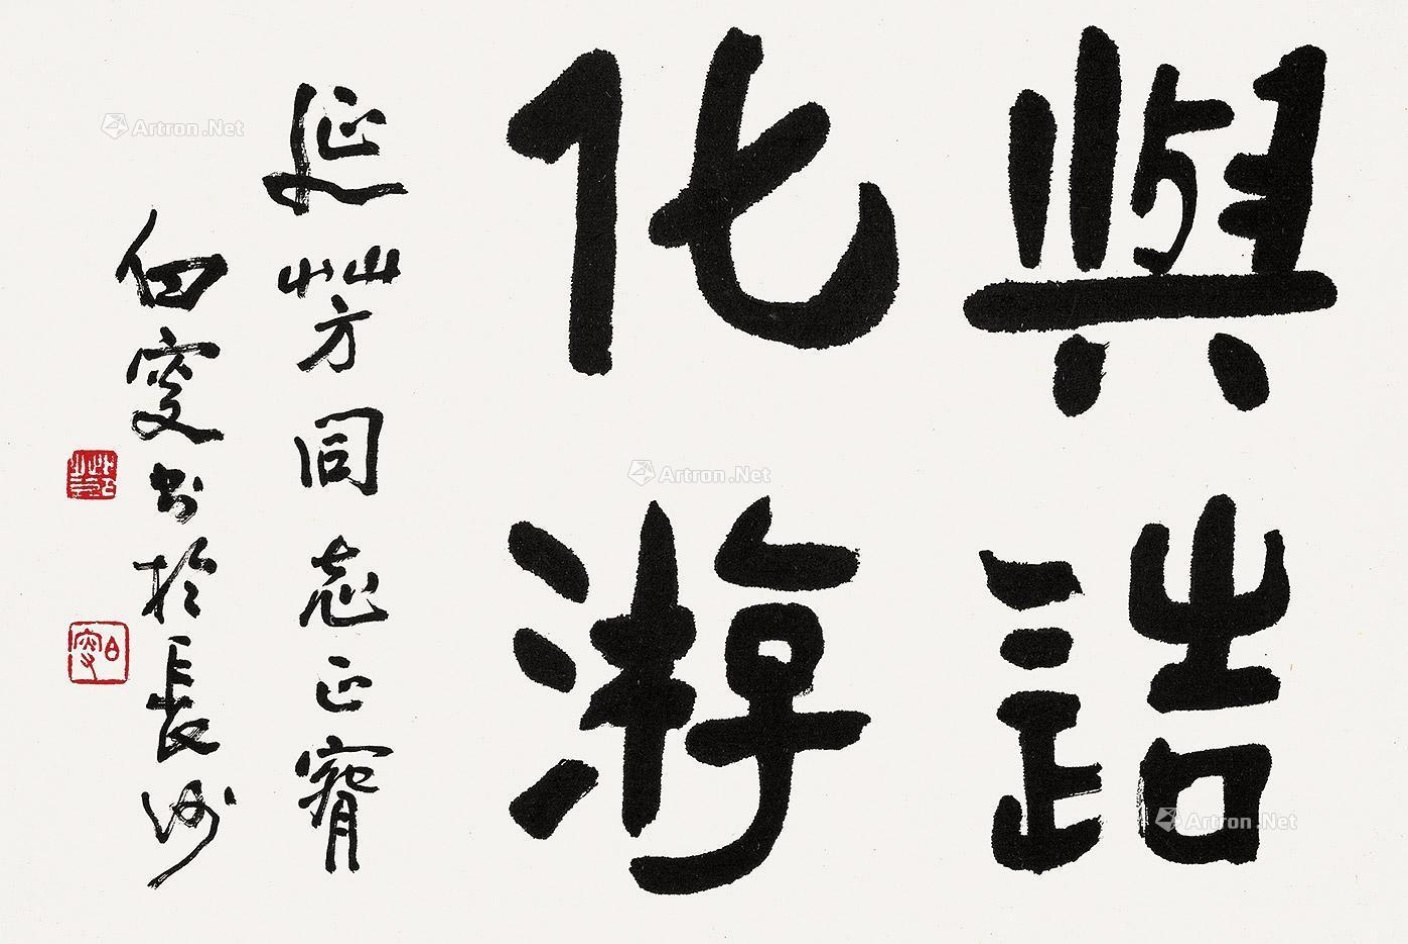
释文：与造化游。延芳同志正腕，白叟书于长沙。